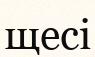
щесі